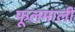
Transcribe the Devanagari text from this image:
फूलमाली